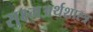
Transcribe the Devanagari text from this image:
सुक्ष्मअर्थशास्त्र